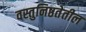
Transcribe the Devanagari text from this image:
वस्तुनिष्ठतेतील